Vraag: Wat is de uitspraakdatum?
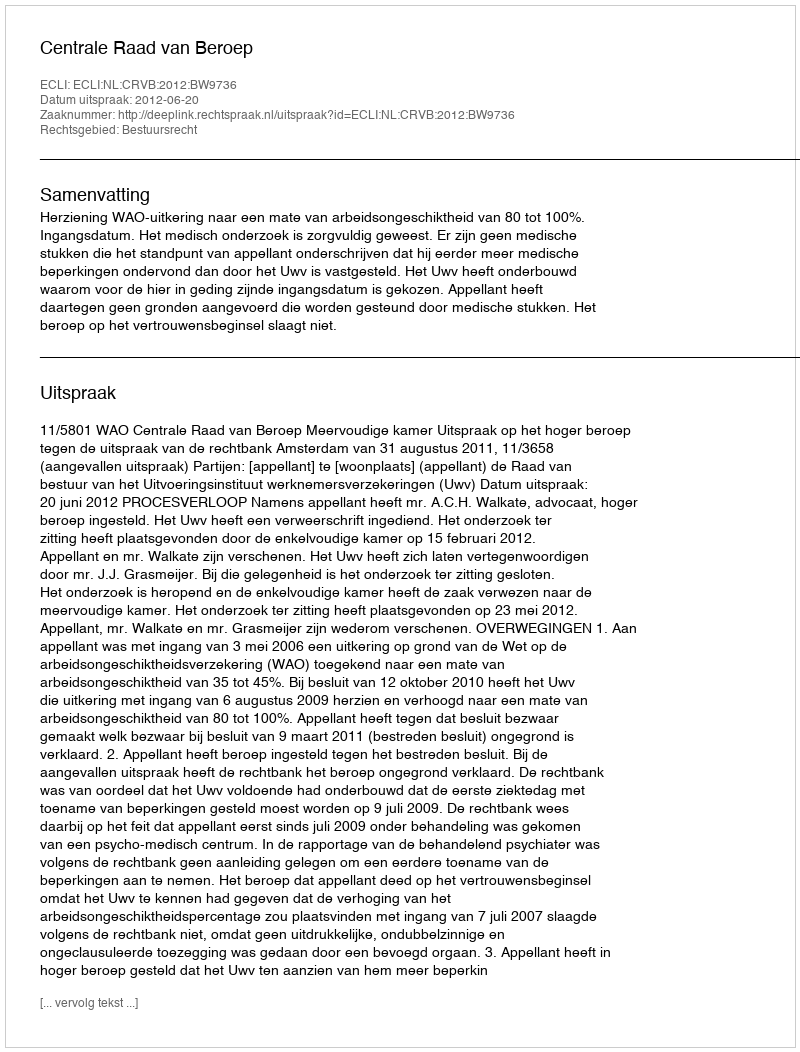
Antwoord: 2012-06-20